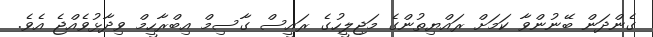
ގެންދަން ބޭނުންވާ ކަމަށް ރައްޔިތުންގެ މަޖިލީހުގެ ރައީސް ގާސިމް އިބްރާހީމް ވިދާޅުވެއްޖެ އެވެ.